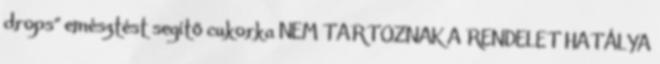
drops” emésztést segítő cukorka NEM TARTOZNAK A RENDELET HATÁLYA